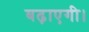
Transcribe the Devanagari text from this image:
बढ़ाएगी।